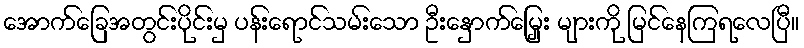
အောက်ခြေအတွင်းပိုင်းမှ ပန်းရောင်သမ်းသော ဦးနှောက်မြှေး များကို မြင်နေကြရလေပြီ။